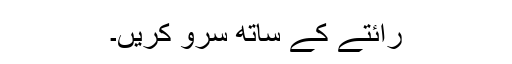
رائتے کے ساتھ سرو کریں۔